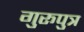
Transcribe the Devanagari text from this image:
गुरूपुत्र